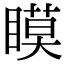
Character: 瞙